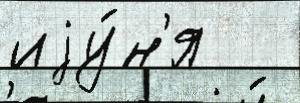
иjу́н'я